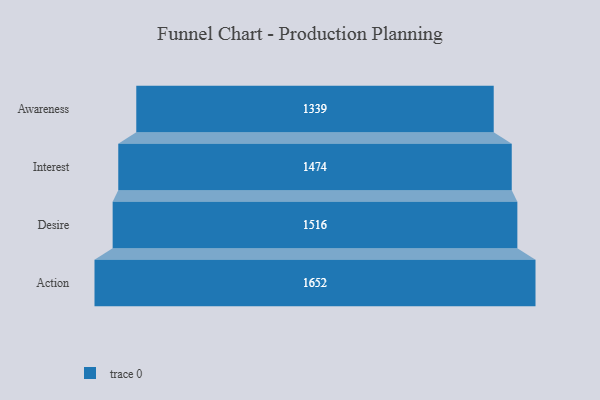
{"axis": {"x": "Stage", "y": "Value"}, "legend": [""], "data": [{"x": "Awareness", "y": 1339.0, "type": ""}, {"x": "Interest", "y": 1474.0, "type": ""}, {"x": "Desire", "y": 1516.0, "type": ""}, {"x": "Action", "y": 1652.0, "type": ""}]}